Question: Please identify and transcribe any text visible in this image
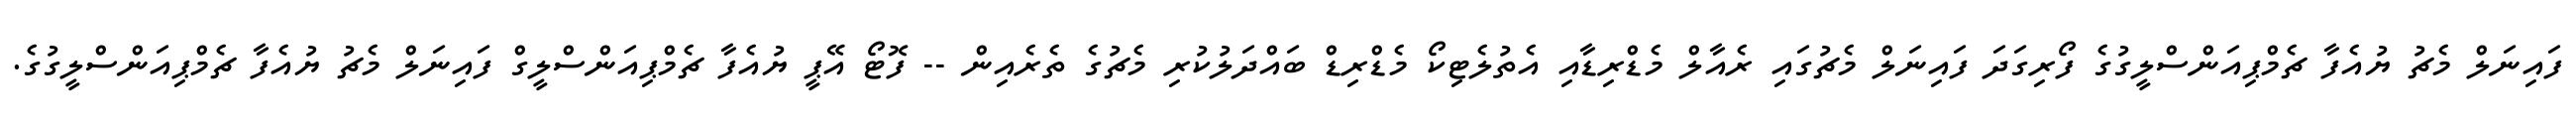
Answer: ފައިނަލް މެޗު ޔުއެފާ ޗެމްޕިއަންސްލީގުގެ ފޯރިގަދަ ފައިނަލް މެޗުގައި ރެއާލް މެޑްރިޑާއި އެތުލެޓިކޯ މެޑްރިޑް ބައްދަލުކުރި މެޗުގެ ތެރެއިން -- ފޮޓޯ އޭޕީ ޔުއެފާ ޗެމްޕިއަންސްލީގް ފައިނަލް މެޗު ޔުއެފާ ޗެމްޕިއަންސްލީގުގެ.